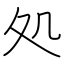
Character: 処